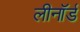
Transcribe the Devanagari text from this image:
लीनॉर्ड